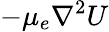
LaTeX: -\mu_{e}\nabla^{2}U